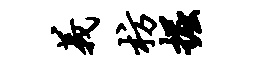
义枋掘